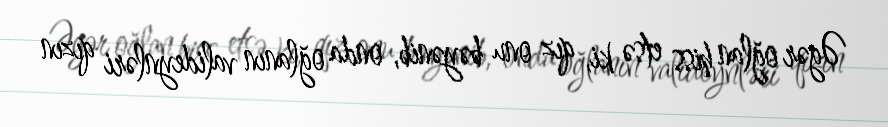
Əgər oğlan hiss etsə ki, qız onu bəyənib, onda oğlanın valideynləri qızın